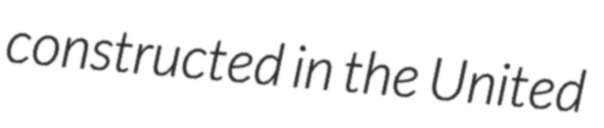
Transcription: constructed in the United